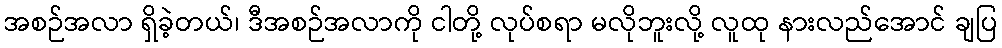
အစဉ်အလာ ရှိခဲ့တယ်၊ ဒီအစဉ်အလာကို ငါတို့ လုပ်စရာ မလိုဘူးလို့ လူထု နားလည်အောင် ချပြ